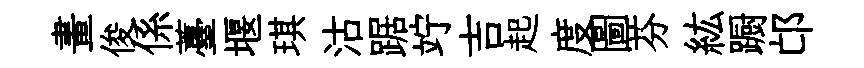
畫俊係薹堰琪沽踞竚吉起度圖芬紘蹰邙